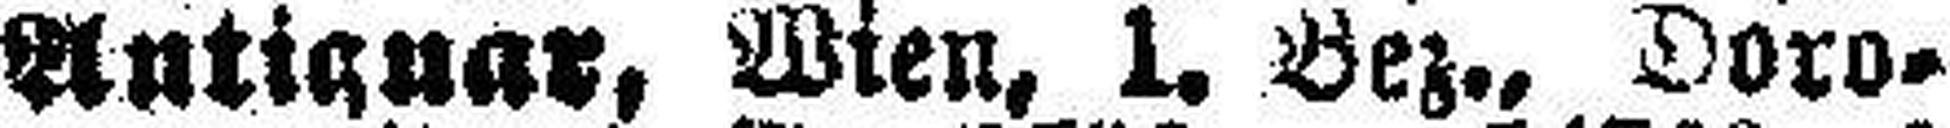
Antignar, Wien, 1. Bez., Doro¬